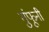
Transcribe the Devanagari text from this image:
गुंफूनी